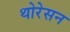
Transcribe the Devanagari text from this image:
थोरेसन